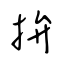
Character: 拚